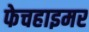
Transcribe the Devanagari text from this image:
फेचहाइमर